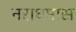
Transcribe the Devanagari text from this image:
नराधमास